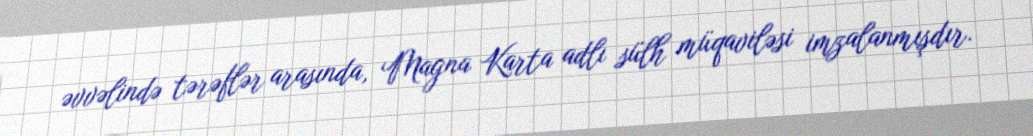
əvvəlində tərəflər arasında, Magna Karta adlı sülh müqaviləsi imzalanmışdır.